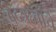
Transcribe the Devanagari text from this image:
वेदऋचांचे